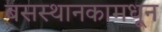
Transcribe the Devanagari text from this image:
बसस्थानकामधून